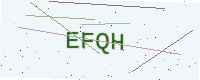
Text: EFQH